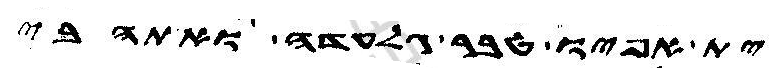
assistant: ית אפיו טבר גלעדה ואתהבי